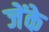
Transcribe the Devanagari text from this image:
जेंके